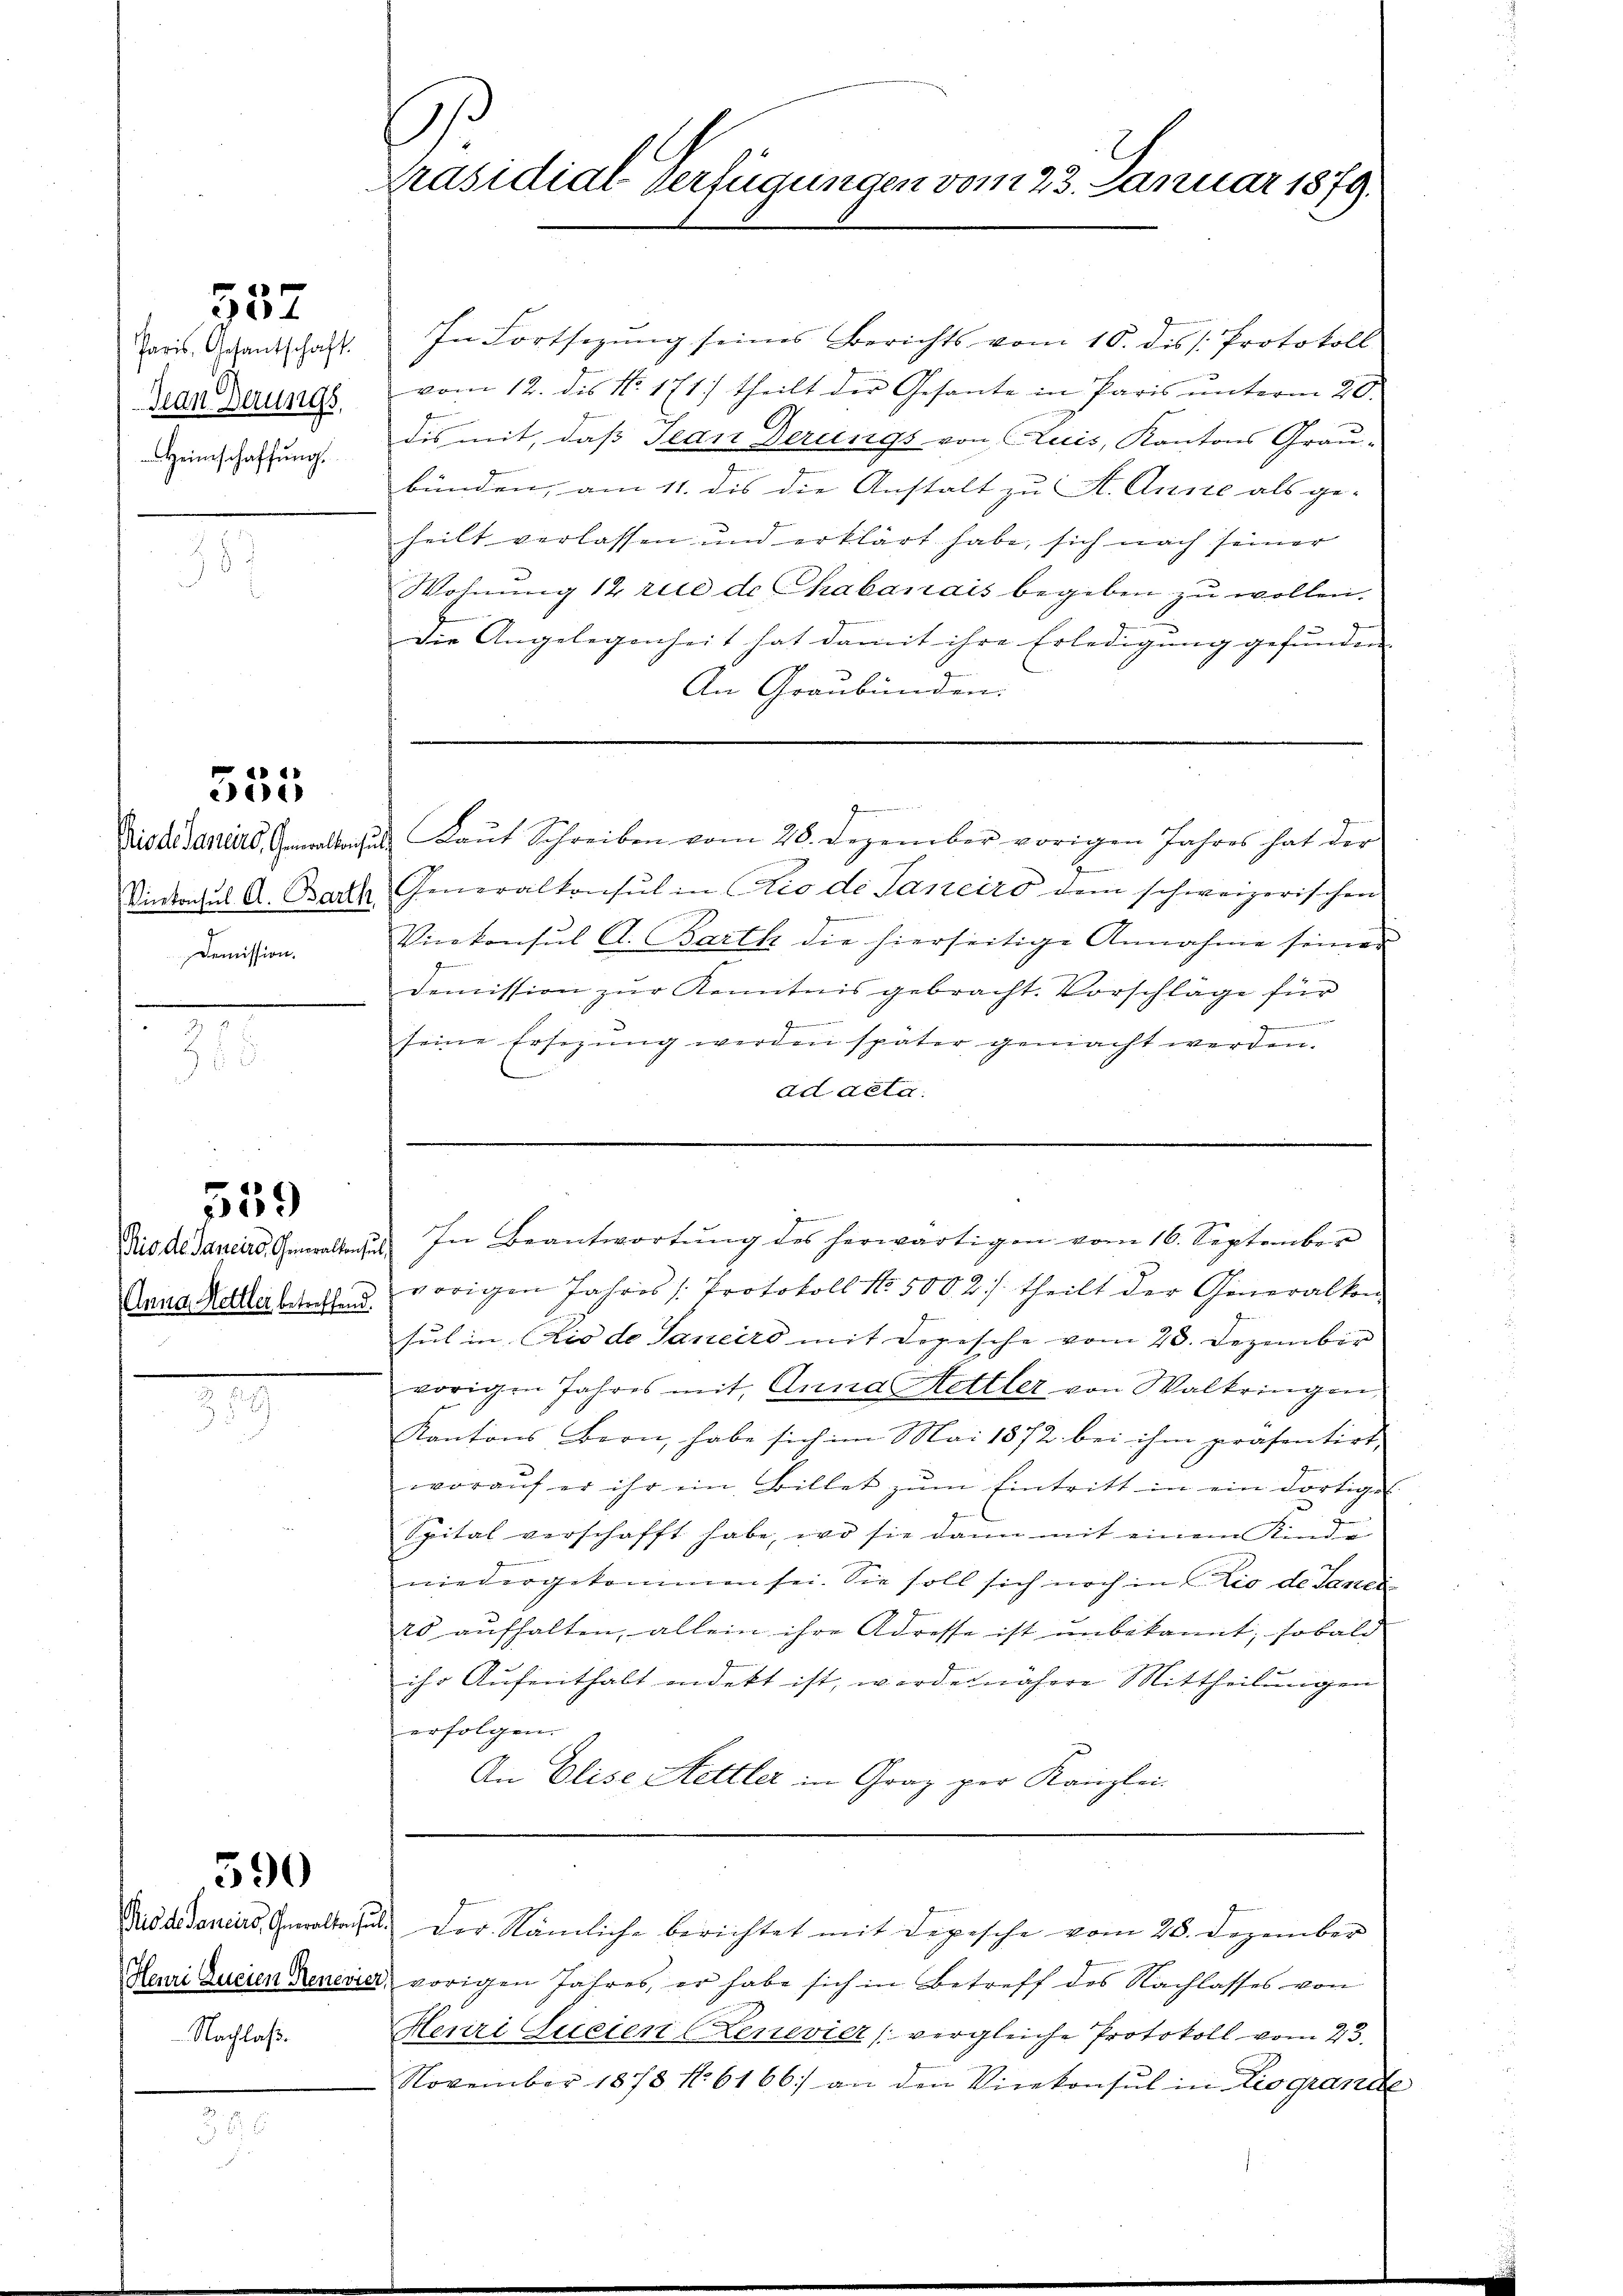
557

Granderungs
Heimschaffung

555

Demission.

559

Rio de Janeirs, Generaltensul
Anna Hettler betreffend.

390

Nachlaß.

Präsidial-Verfügungen vom 23. Januar 1879.

Jaris Gesandtschaft. In Fortsezŭng seines Berichts vom 10. des Protokoll
vom 12. des No. 171. theilt der Gesante in Paris ŭnterm 20.
dis mit, daß Jean Derungs von Cluis, Kantons Grau-
bünden, am 11. dis die Anstalt zu A. Anste als ge-
heilt verlassen und erklärt habe, sich nach seiner
Wohnŭng 12 rue de Chabanais begeben zu wollen.
Die Angelegenheit hat damit ihre Erledigung gefunden
An Graubünden:
Bisdisaniers. Gewalten Laŭt Schreiben vom 28. Dezember vorigen Jahres hat der
Vinkonsul A. Barch Generalkonsul in Rio de Janeiro dem schweizerischen
Vicekonsul A. Barth die hierseitige Annahme seiner
demission zŭr Kenntnis gebracht. Vorschläge für
.
M
seine Ersezung werden später gemacht werden.
ad acta.

vorigen Jahres (Protokoll No 500 2 ./. theilt der Generalkon
sul in Ais de Saneiro mit Dopische vom 28. Dezember
vorigen Jahres mit Anna Hettler von Waltringen,
Kantons Bern, habe sich im Mai 1872 bei ihm präsentirt,
woraŭf er ihr im Billet zŭm Eintritt in ein dortige
Spital verschafft habe, wo sie dann mit einem Kinde
niedergekommen sei. Sie soll sich noch in C. Zio de Janei
20 aufhalten, allein ihre Adresse ist unbekannt, sobald
ihr Aufenthalt indekt ist, worde nähere Mittheilungen
erfolgen.
An Elise Hettler in Graz per Kanzlei-
Tuddedaniers, Gewalte u. der Nämliche berichtet mit depesche vom 28. Dezember
Reui Zueien denerier, vorigen Jahres, er habe sich in Betreff des Nachlasses von
Henri Sueien (Lenevier (vergleiche Protokoll vom 23.
November 1873 No 6166) an den Vicekonsul in Liograndte

J
In Beantwortung des herwärtigen vom 16. September